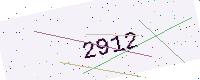
Text: 2912